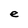
Character: e